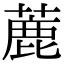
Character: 蔍